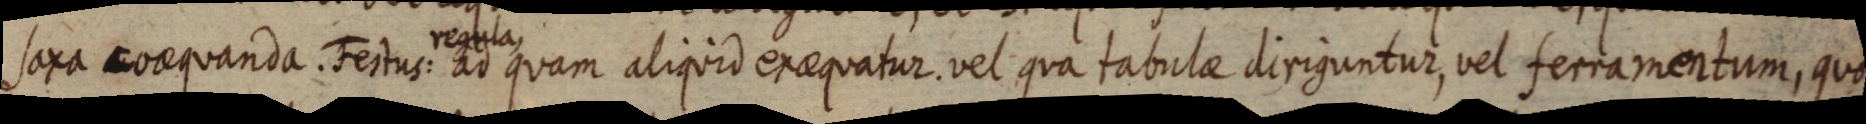
saxa coaequanda. Festus: regula ad quam aliquid exaequatur vel qua tabulae diriguntur, vel ferramentum, quo